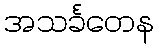
အသင်္ခတေန